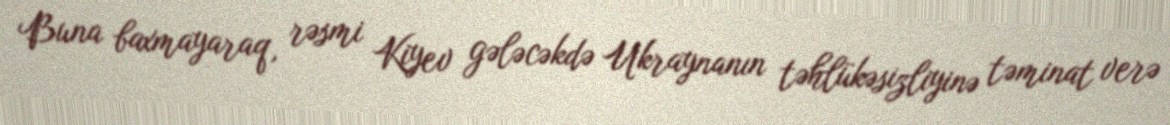
Buna baxmayaraq, rəsmi Kiyev gələcəkdə Ukraynanın təhlükəsizliyinə təminat verə